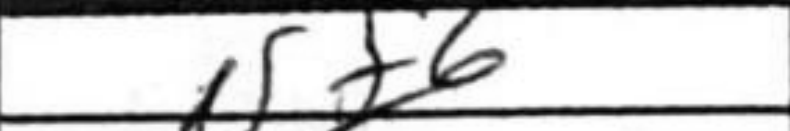
Transcription: Nf6